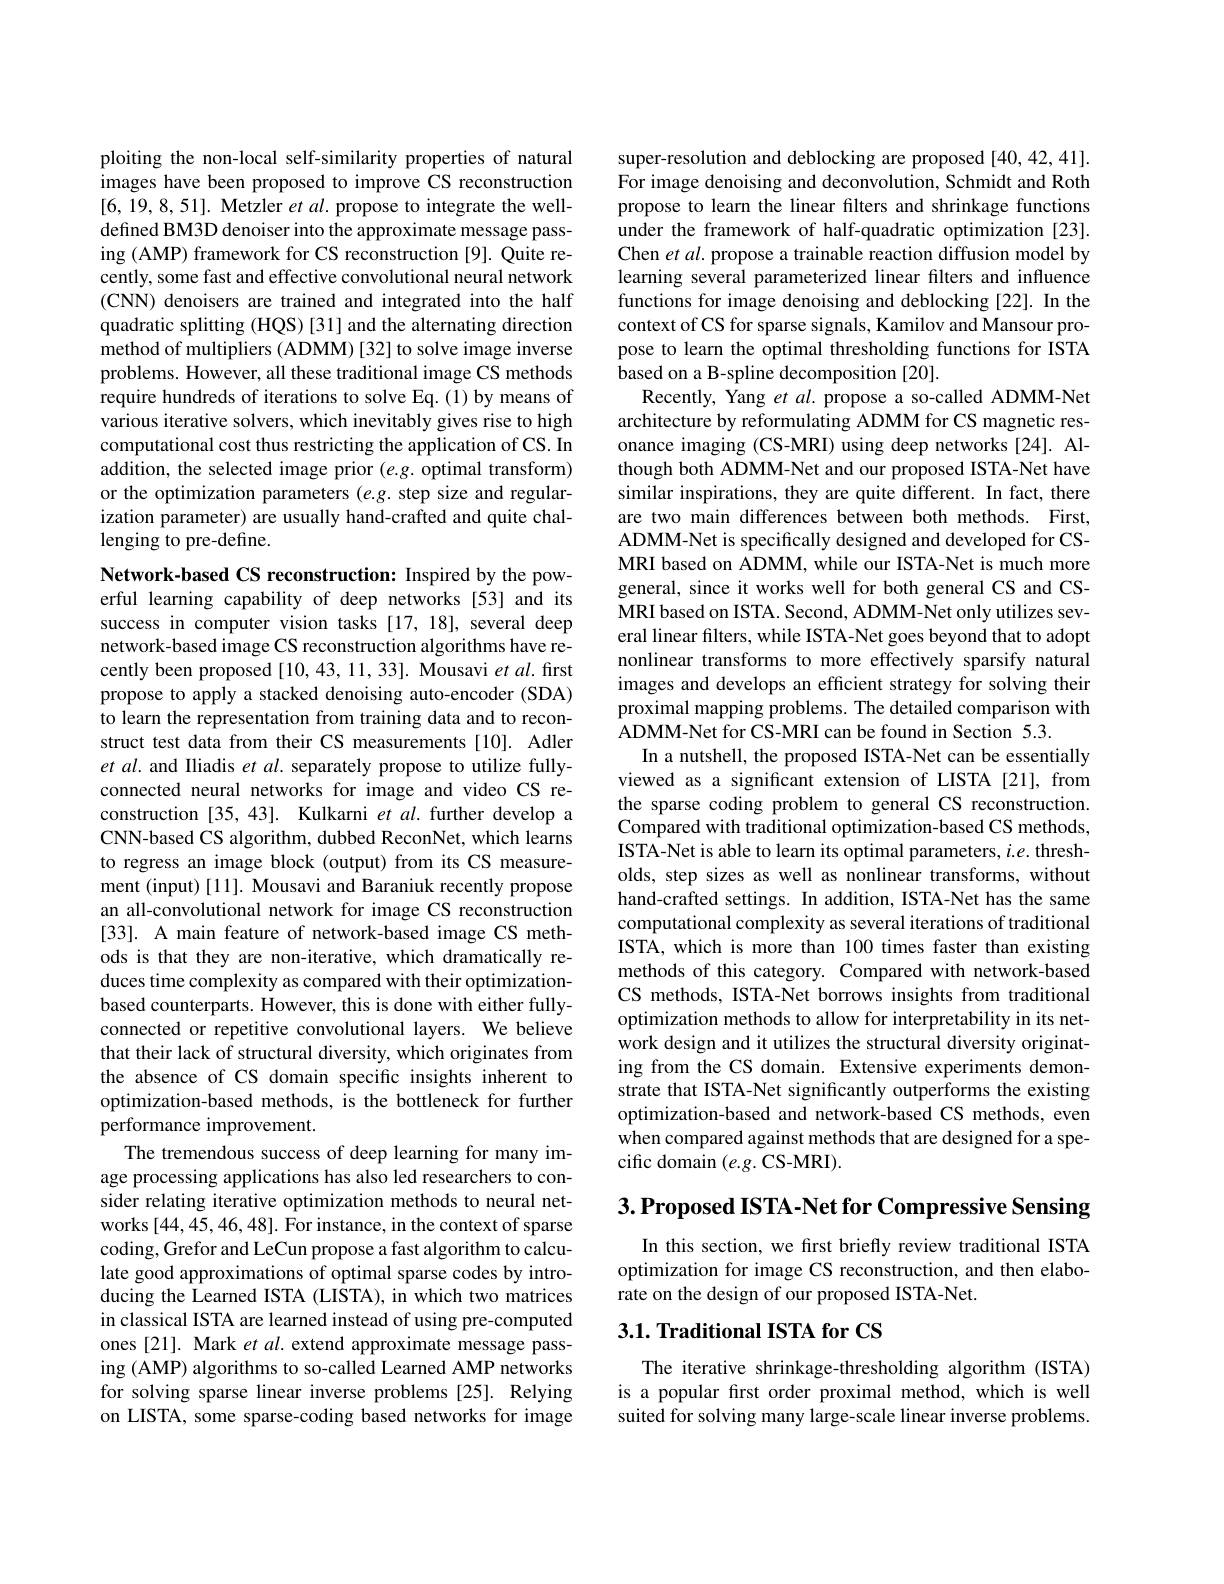
ploiting the non-local self-similarity properties of natural images have been proposed to improve CS reconstruction [6,19,8,51]. Metzler et al. propose to integrate the welldefined BM3D denoiser into the approximate message passing (AMP) framework for CS reconstruction [9]. Quite recently, some fast and effective convolutional neural network (CNN) denoisers are trained and integrated into the half quadratic splitting (HQS) [31] and the alternating direction method of multipliers (ADMM) [32] to solve image inverse problems. However, all these traditional image CS methods require hundreds of iterations to solve Eq.(1) by means of various iterative solvers, which inevitably gives rise to high computational cost thus restricting the application of CS. In addition, the selected image prior $(e.g.$ optimal transform) or the optimization parameters (e.g. step size and regularization parameter) are usually hand-crafted and quite challenging to pre-define.

Network-based CS reconstruction: Inspired by the powerful learning capability of deep networks [53] and its success in computer vision tasks [17, 18], several deep network-based image CS reconstruction algorithms have recently been proposed[10,43,11,33]. Mousavi $etal.$ first propose to apply a stacked denoising auto-encoder (SDA) to learn the representation from training data and to reconstruct test data from their CS measurements [10]. Adler et al. and Iliadis et al. separately propose to utilize fullyconnected neural networks for image and video CS reconstruction [35, 43]. Kulkarni et al. further develop a CNN-based CS algorithm, dubbed ReconNet, which learns to regress an image block (output) from its CS measurement (input) [11]. Mousavi and Baraniuk recently propose an all-convolutional network for image CS reconstruction [33]. A main feature of network-based image CS methods is that they are non-iterative, which dramatically reduces time complexity as compared with their optimizationbased counterparts. However, this is done with either fullyconnected or repetitive convolutional layers. We believe that their lack of structural diversity, which originates from the absence of CS domain specific insights inherent to optimization-based methods, is the bottleneck for further performance improvement.
The tremendous success of deep learning for many image processing applications has also led researchers to consider relating iterative optimization methods to neural networks [44,45,46,48]. For instance, in the context of sparse coding, Grefor and LeCun propose a fast algorithm to calculate good approximations of optimal sparse codes by introducing the Learned ISTA (LISTA), in which two matrices in classical ISTA are learned instead of using pre-computed ones [21]. Mark et al. extend approximate message passing (AMP) algorithms to so-called Learned AMP networks for solving sparse linear inverse problems [25]. Relying on LISTA, some sparse-coding based networks for image

super-resolution and deblocking are proposed [40,42,41]. For image denoising and deconvolution, Schmidt and Roth propose to learn the linear filters and shrinkage functions under the framework of half-quadratic optimization [23]. Chen et al. propose a trainable reaction diffusion model by learning several parameterized linear filters and influence functions for image denoising and deblocking [22]. In the context of CS for sparse signals, Kamilov and Mansour propose to learn the optimal thresholding functions for ISTA based on a B-spline decomposition [20].
Recently, Yang $et\textit{al. propose a so- called ADMM- Net}$ architecture by reformulating ADMM for CS magnetic resonance imaging (CS-MRI) using deep networks [24]. Although both ADMM-Net and our proposed ISTA-Net have similar inspirations, they are quite different. In fact, there are two main differences between both methods. First, ADMM-Net is specifically designed and developed for CSMRI based on ADMM, while our ISTA-Net is much more general, since it works well for both general CS and CSMRI based on ISTA. Second, ADMM-Net only utilizes several linear filters, while ISTA-Net goes beyond that to adopt nonlinear transforms to more effectively sparsify natural images and develops an efficient strategy for solving their proximal mapping problems. The detailed comparison with ADMM-Net for CS-MRI can be found in Section 5.3.
In a nutshell, the proposed ISTA-Net can be essentially viewed as a significant extension of LISTA [21], from the sparse coding problem to general CS reconstruction. Compared with traditional optimization-based CS methods, ISTA-Net is able to learn its optimal parameters, $i.e.$ thresholds, step sizes as well as nonlinear transforms, without hand-crafted settings. In addition, ISTA-Net has the same computational complexity as several iterations of traditional ISTA, which is more than 100 times faster than existing methods of this category. Compared with network-based CS methods, ISTA-Net borrows insights from traditional optimization methods to allow for interpretability in its network design and it utilizes the structural diversity originating from the CS domain. Extensive experiments demonstrate that ISTA-Net significantly outperforms the existing optimization-based and network-based CS methods, even when compared against methods that are designed for a specific domain $(e.g.$CS-MRI).

3.Proposed ISTA-Net for Compressive Sensing

In this section, we first briefly review traditional ISTA optimization for image CS reconstruction, and then elaborate on the design of our proposed ISTA-Net.

## $3. 1. \textbf{Traditional ISTA for CS}$

The iterative shrinkage-thresholding algorithm (ISTA) is a popular frst order proximal method, which is well suited for solving many large-scale linear inverse problems.